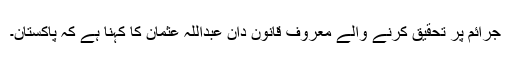
جرائم پر تحقیق کرنے والے معروف قانون دان عبداللہ عثمان کا کہنا ہے کہ پاکستان۔